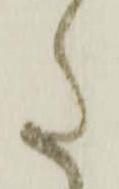
た